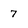
Character: 7